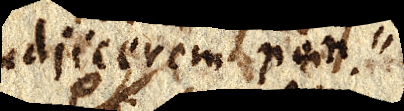
adjicerem non